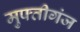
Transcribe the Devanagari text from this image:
मुफ्तीगंज